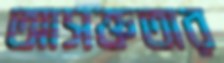
আসক্ততার